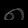
Digit: ၈